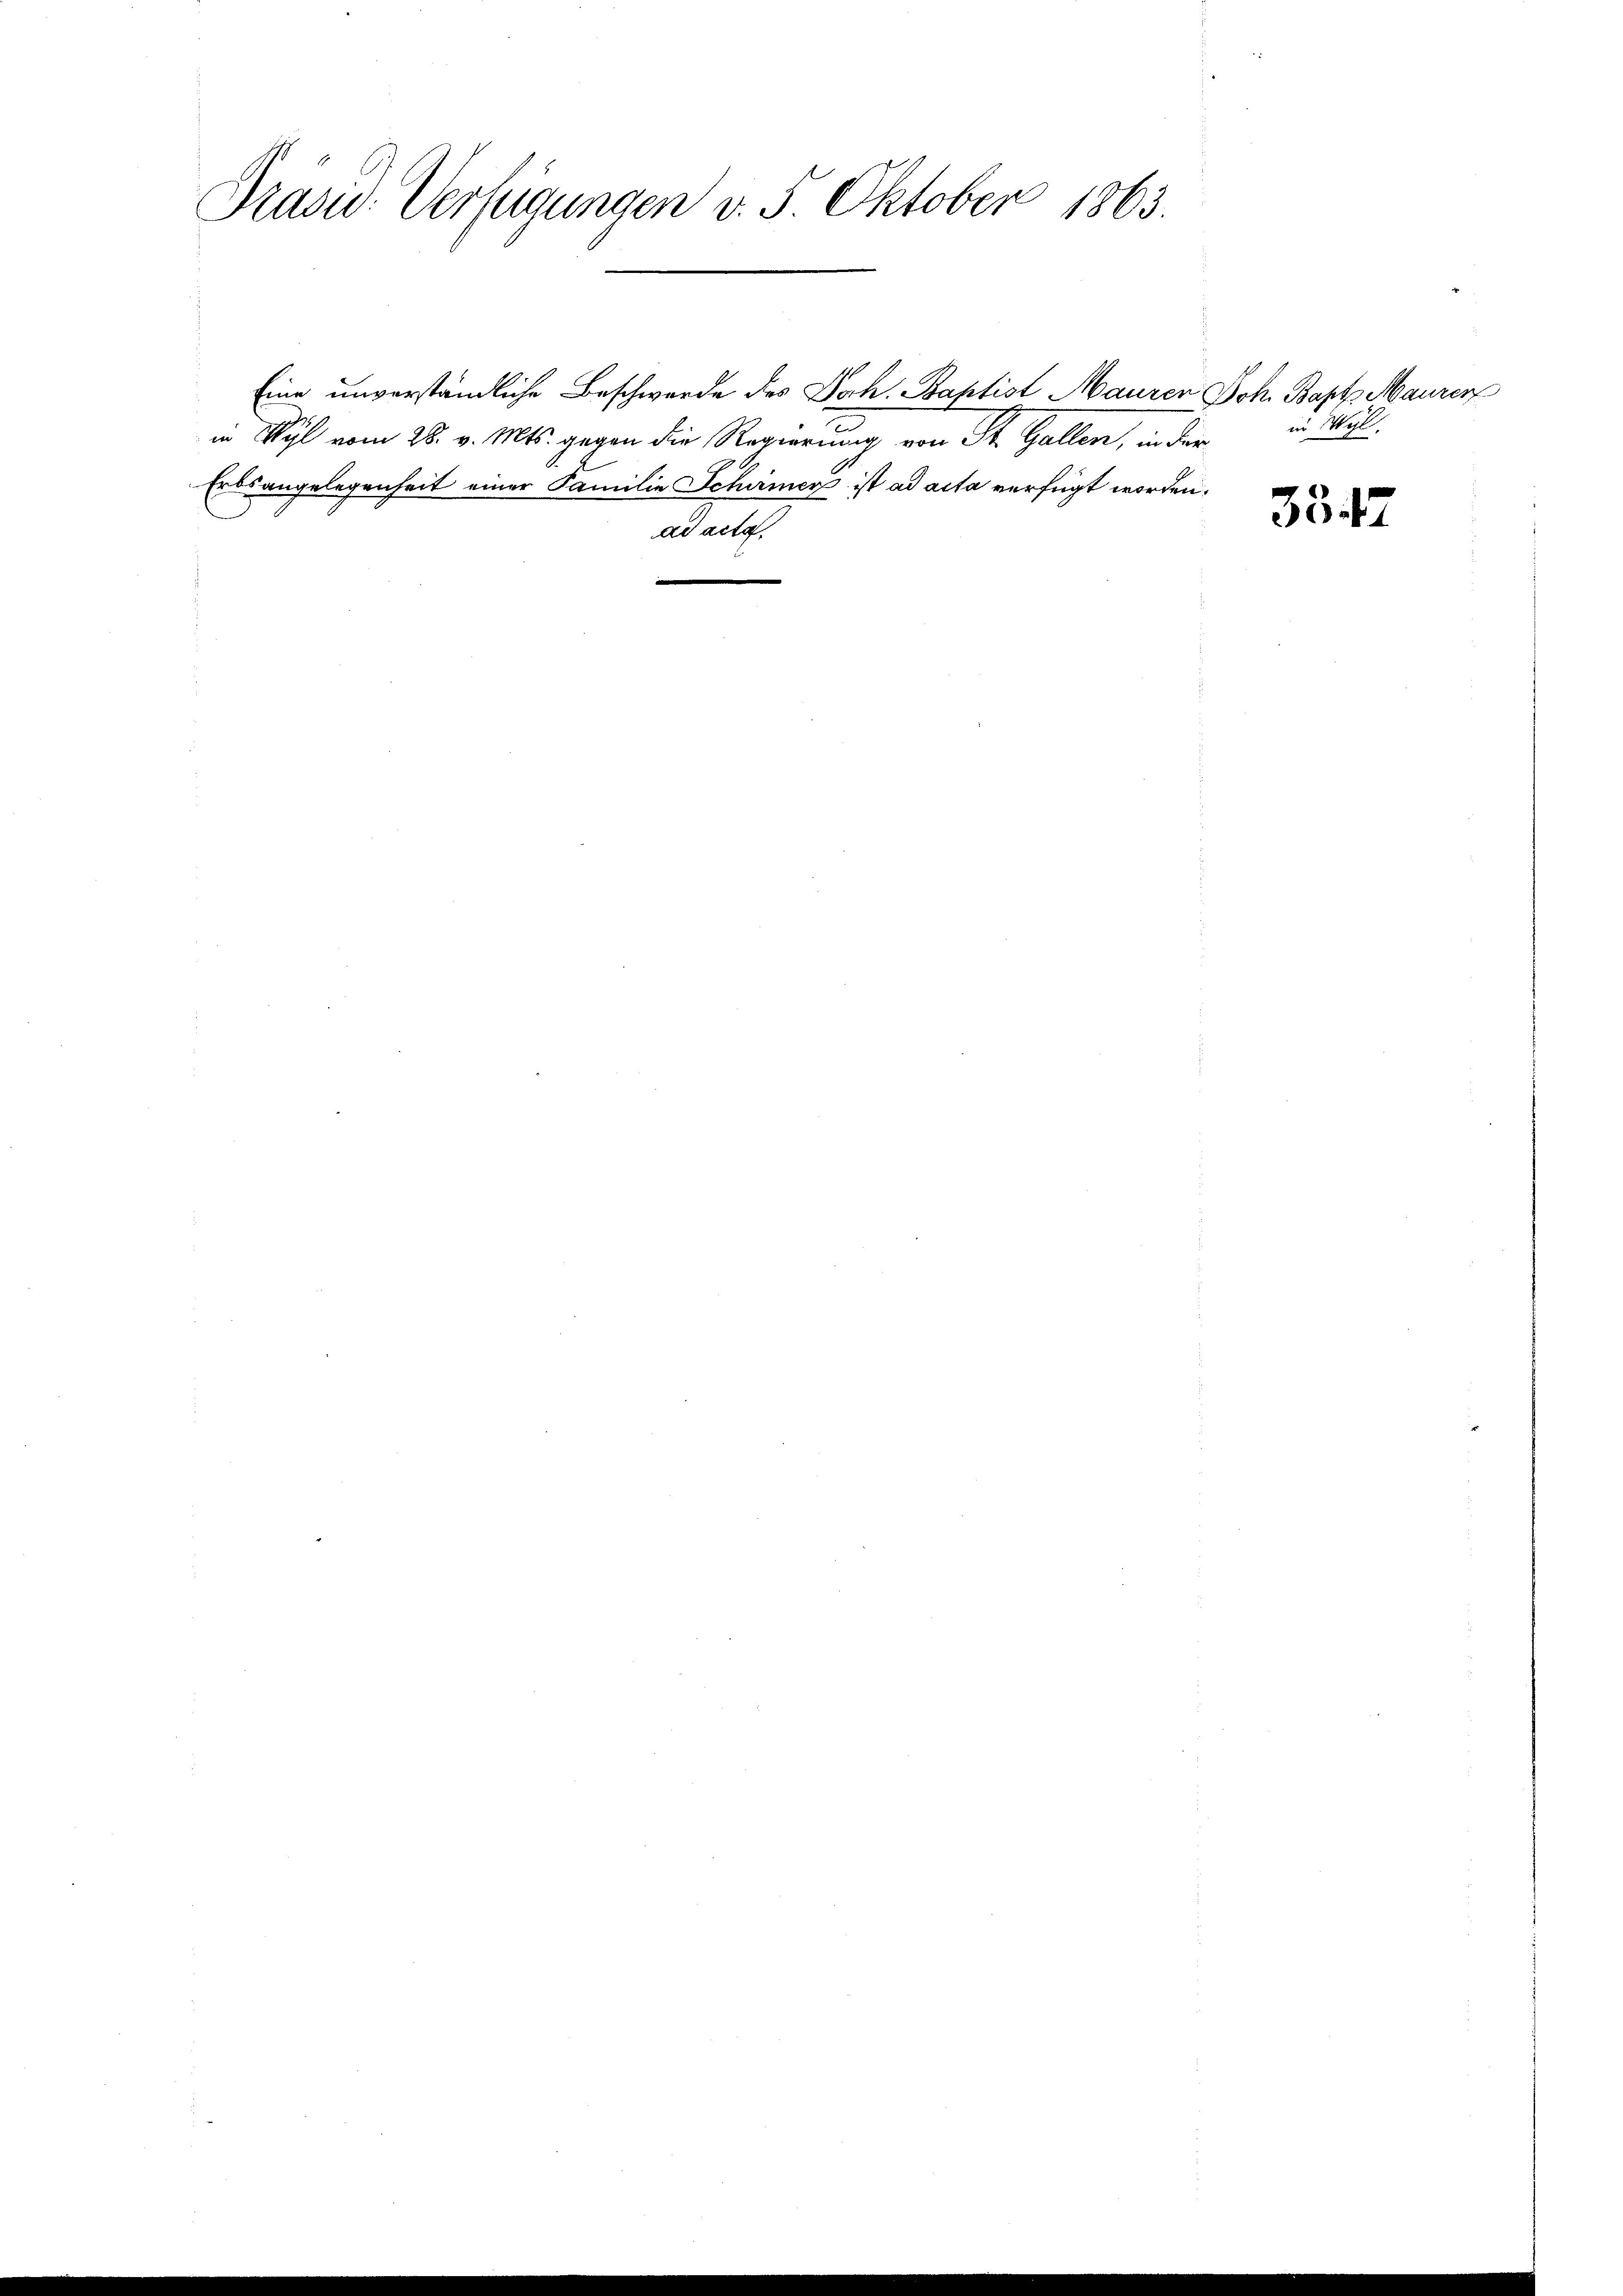
Präsid. Verfügungen v. 5. Oktober 1863.

Eine unverständliche Beschwerde des Joh. Baptist Maurer Joh. Bapt. Maurer
in Wyl vom 28. v. Mts. gegen die Regierung von St. Gallen, in der
Erdsangelegenheit einer Familie Schirmer ist ad acta verfügt worden.
ad acta.

in Wyl

3347